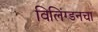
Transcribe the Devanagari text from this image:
विलिंग्डनचा